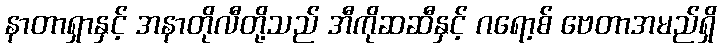
နာတာရှာနှင့် အနာတိုလီတို့သည် အီကိုဆဆီနှင့် ဂရော့စ် ဗေတာအမည်ရှိ